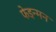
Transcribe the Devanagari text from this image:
फेइन्मन